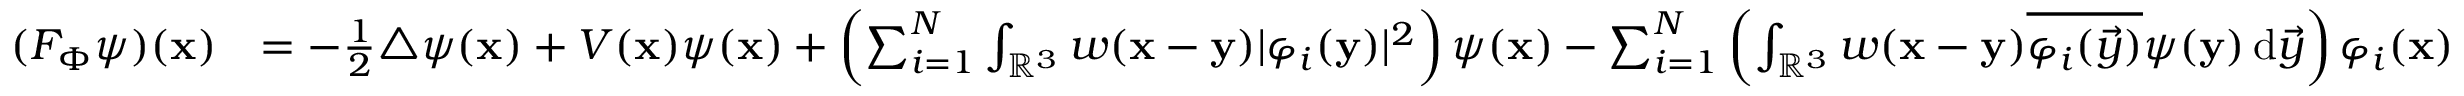
\begin{array} { r l } { ( F _ { \Phi } \psi ) ( \mathbf { x } ) } & { = - \frac 1 2 \triangle \psi ( \mathbf { x } ) + V ( \mathbf { x } ) \psi ( \mathbf { x } ) + \left( \sum _ { i = 1 } ^ { N } \int _ { \mathbb { R } ^ { 3 } } w ( \mathbf { x } - \mathbf { y } ) | \varphi _ { i } ( \mathbf { y } ) | ^ { 2 } \right) \psi ( \mathbf { x } ) - \sum _ { i = 1 } ^ { N } \left( \int _ { \mathbb { R } ^ { 3 } } w ( \mathbf { x } - \mathbf { y } ) \overline { { \varphi _ { i } ( \vec { y } ) } } \psi ( \mathbf { y } ) \, \mathrm { d } \vec { y } \right) \varphi _ { i } ( \mathbf { x } ) } \end{array}